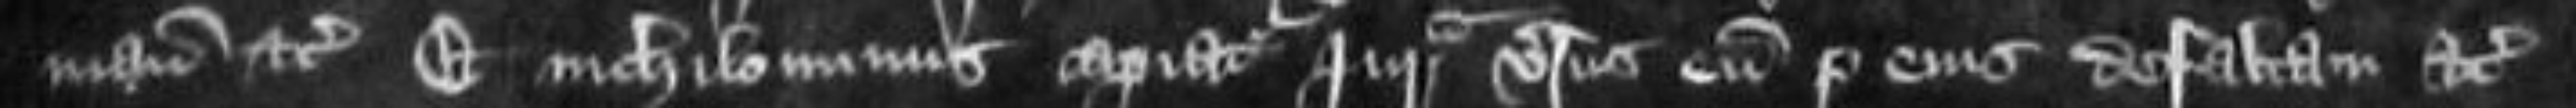
manucaptoribus etc Et nichilominus capiatur juratorum versus eum per eius defaltam etc